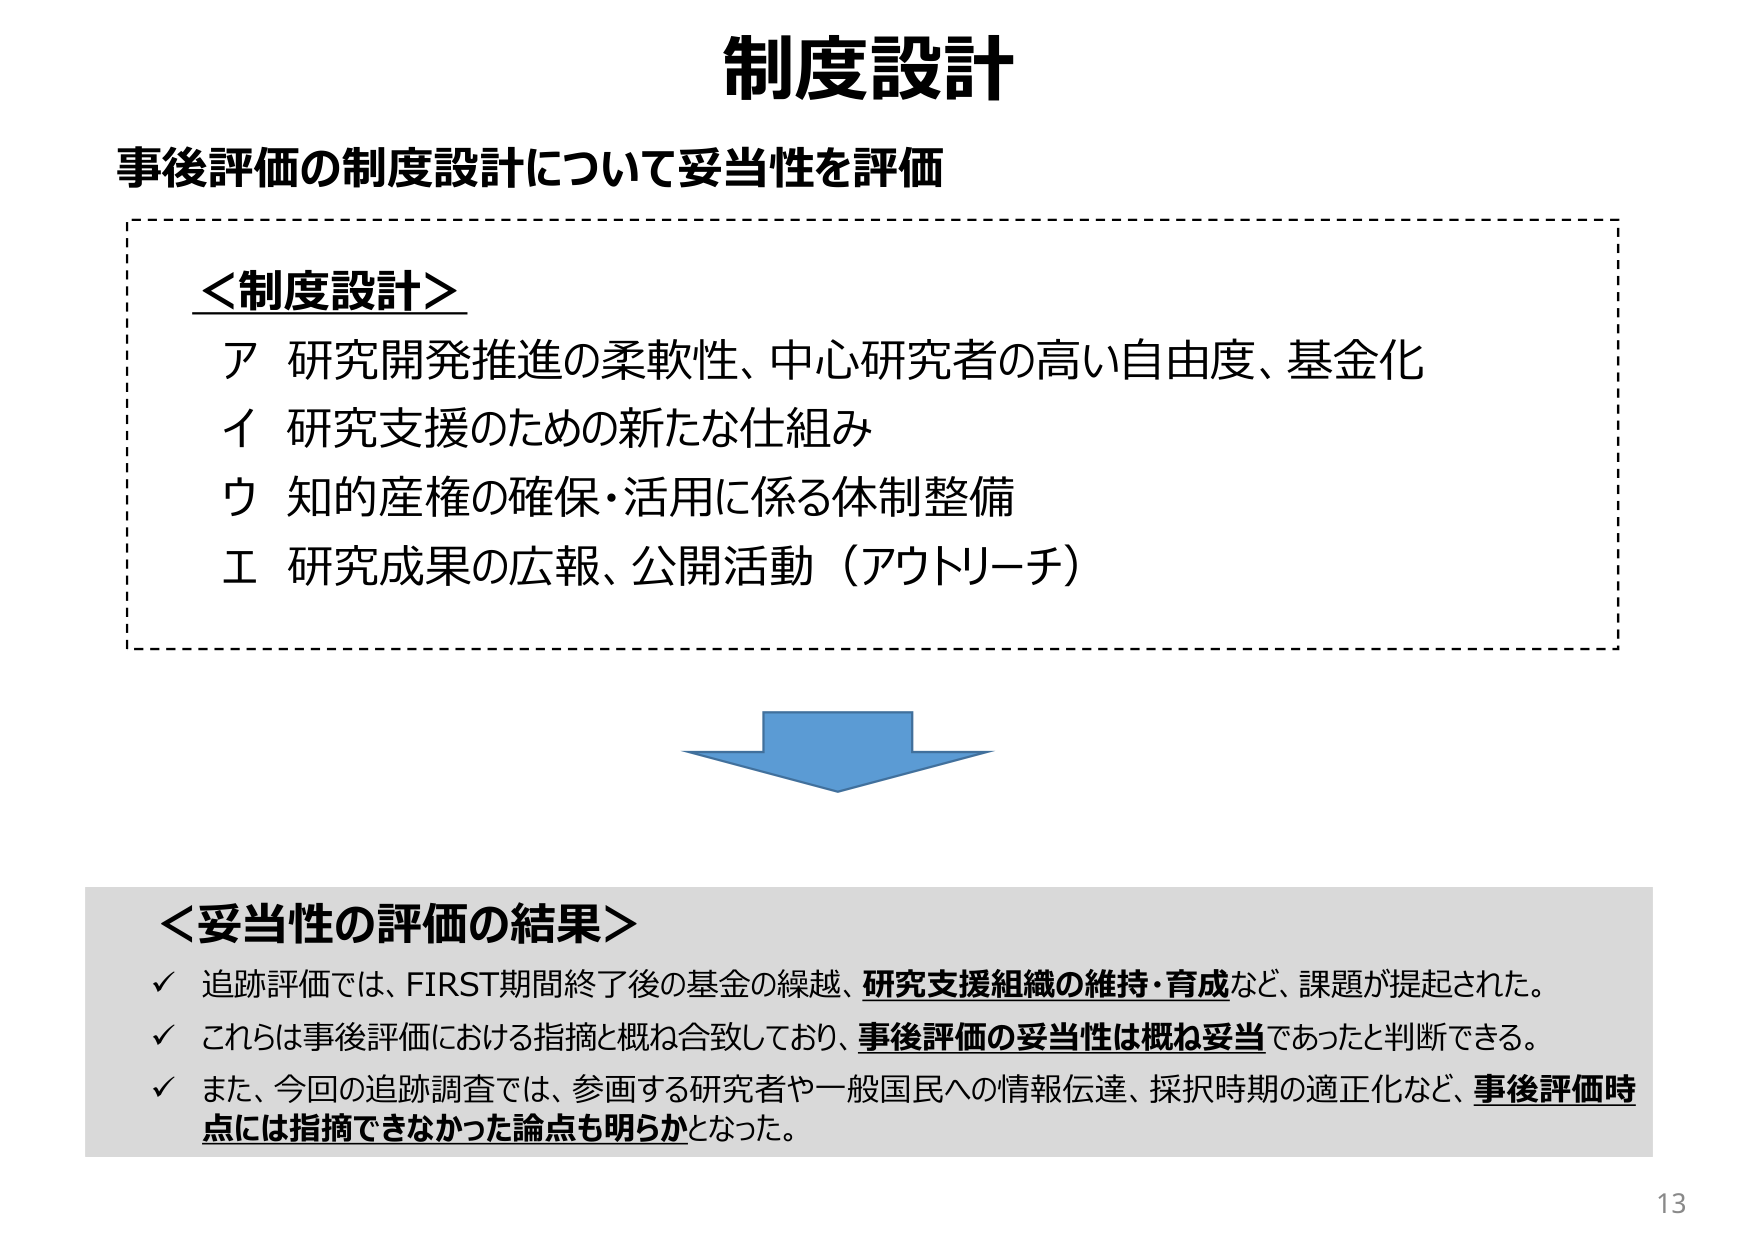
制度設計
事後評価の制度設計について妥当性を評価

＜制度設計＞
ア 研究開発推進の柔軟性、中心研究者の高い自由度、基金化
イ 研究支援のための新たな仕組み
ウ 知的産権の確保・活用に係る体制整備
エ 研究成果の広報、公開活動（アウトリーチ）

＜妥当性の評価の結果＞
✓ 追跡評価では、FIRST期間終了後の基金の繰越、研究支援組織の維持・育成など、課題が提起された。
✓ これらは事後評価における指摘と概ね合致しており、事後評価の妥当性は概ね妥当であったと判断できる。
✓ また、今回の追跡調査では、参画する研究者や一般国民への情報伝達、採択時期の適正化など、事後評価時点には指摘できなかった論点も明らかとなった。

13